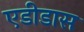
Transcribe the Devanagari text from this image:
एडीडास